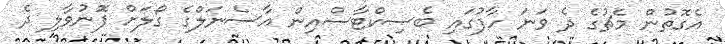
އެގޮތުން މެޗުގެ ދެ ވަނަ ހާފުގައި ބެސިކްޓާސްއިން އާސެނަލްގެ ގޯލަށް ފޮނުވާލި ދެ